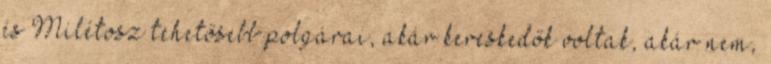
és Milétosz tehetősebb polgárai, akár kereskedők voltak, akár nem,